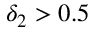
\delta _ { 2 } > 0 . 5